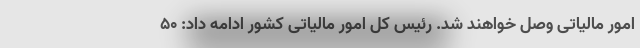
امور مالیاتی وصل خواهند شد. رئیس کل امور مالیاتی کشور ادامه داد: ۵۰